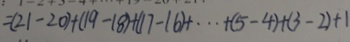
= ( 2 1 - 2 0 ) + ( 1 9 - 1 8 ) + ( 1 7 - 1 6 ) + \cdots + ( 5 - 4 ) + ( 3 - 2 ) + 1